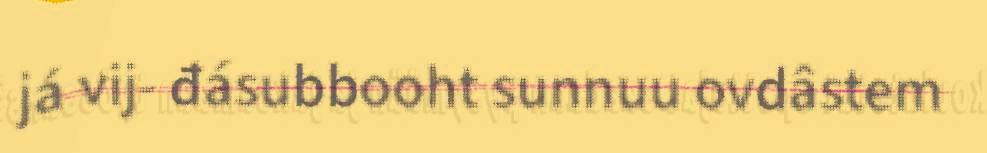
já vij- đásubbooht sunnuu ovdâstem